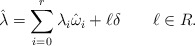
\begin{align*}\hat{\lambda}=\sum_{i=0}^{r}\lambda_{i}\hat{\omega}_{i}+\ell\delta\qquad\ell\in R.\end{align*}